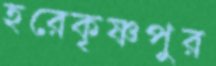
হরেকৃষ্ণপুর